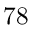
7 8